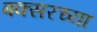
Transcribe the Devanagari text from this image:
बक्सरच्या